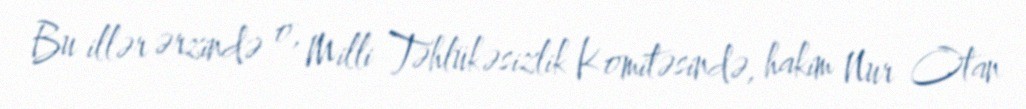
Bu illər ərzində o, Milli Təhlükəsizlik Komitəsində, hakim Nur Otan